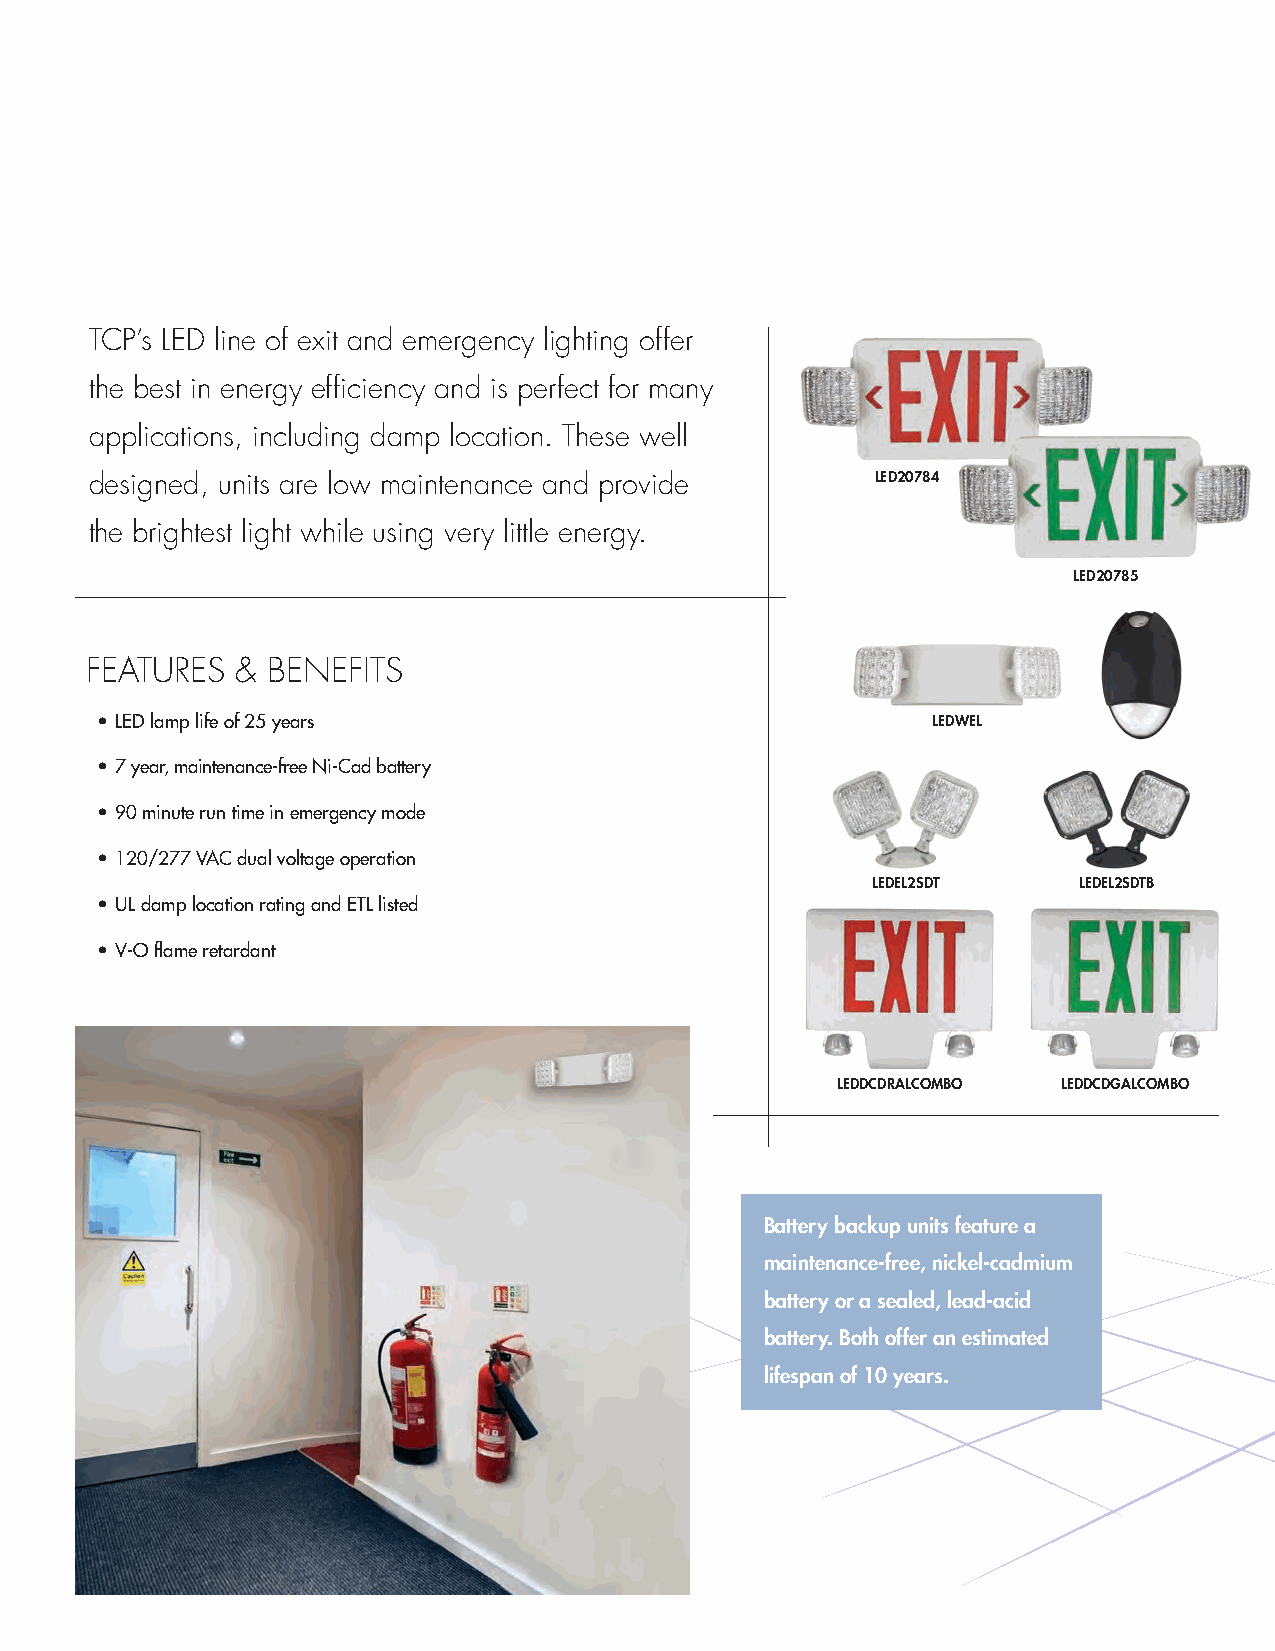
TCP’s LED line of exit and emergency lighting offer
 the best in energy efficiency and is perfect for many
 applications, including damp location. These well
 designed, units are low maintenance and provide     LED20784
 the brightest light while using very little energy.
 LED20785
 FEATURES  & BENEFITS
 • LED lamp life of 25 years                             LEDWEL
 • 7 year, maintenance-free Ni-Cad battery
 • 90 minute run time in emergency mode
 • 120/277 VAC dual voltage operation
 LEDEL2SDT    LEDEL2SDTB
 • UL damp location rating and ETL listed
 • V-O flame retardant
 LEDDCDRALCOMBO LEDDCDGALCOMBO
 Battery backup units feature a
 maintenance-free, nickel-cadmium
 battery or a sealed, lead-acid
 battery. Both offer an estimated
 lifespan of 10 years.